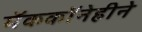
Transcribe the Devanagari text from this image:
मॅककॉनेहीने